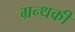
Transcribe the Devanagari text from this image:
ग्रन्थकी